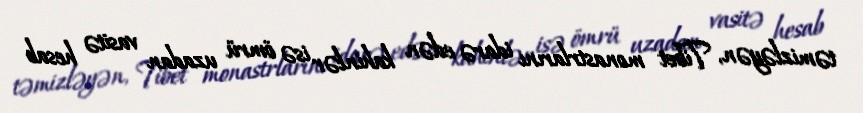
təmizləyən, Tibet monastrlarını idarə edən kahinlər isə ömrü uzadan vasitə hesab